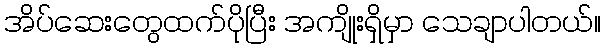
အိပ်ဆေးတွေထက်ပိုပြီး အကျိုးရှိမှာ သေချာပါတယ်။